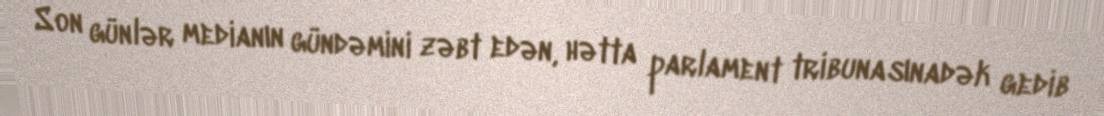
Son günlər medianın gündəmini zəbt edən, hətta parlament tribunasınadək gedib